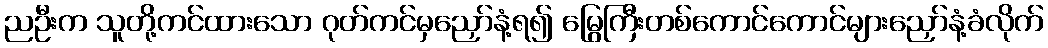
ညဦးက သူတို့ကင်ထားသော ဂုတ်ကင်မှညှော်နံ့ရ၍ မြွေကြီးတစ်ကောင်ကောင်များညှော်နံ့ခံလိုက်